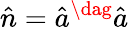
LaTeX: \hat{n}=\hat{a}^{\dag}\hat{a}